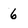
Character: 6